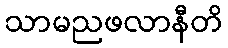
သာမညဖလာနီတိ